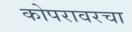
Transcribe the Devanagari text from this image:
कोपरावरचा